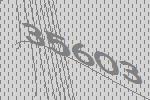
35603